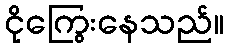
ငိုကြွေးနေသည်။